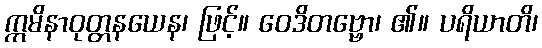
ဣမိနာဝုတ္တနယေန၊ ဖြင့်။ ဝေဒိတဗ္ဗော၊ ၏။ ပရိယာတိ၊